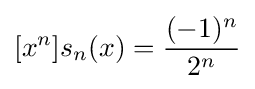
[x^{n}]s_{n}(x)={\frac {(-1)^{n}}{2^{n}}}